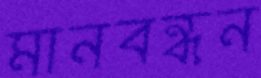
মানবন্ধন